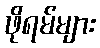
ဖိုရမ်များ